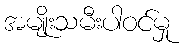
အမျိုးသမီးပါဝင်မှု